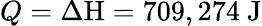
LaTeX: Q={\Delta\mathrm{H}}=709,274{\mathrm{~J}}